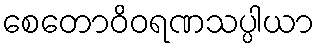
စေတောဝိဝရဏသပ္ပါယာ